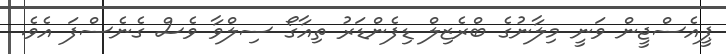
ޕީއެސްޖީން ވަނީ މިލާނުގެ ބްރެޒިލް ޑިފެންޑަރު ތިއާގޯ ސިލްވާ ވެސް ގެނެސްފަ އެވެ.